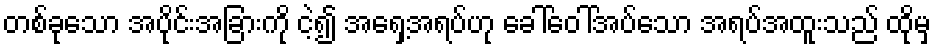
တစ်ခုသော အပိုင်းအခြားကို ငဲ့၍ အရှေ့အရပ်ဟု ခေါ်ဝေါ်အပ်သော အရပ်အထူးသည် ထိုမှ